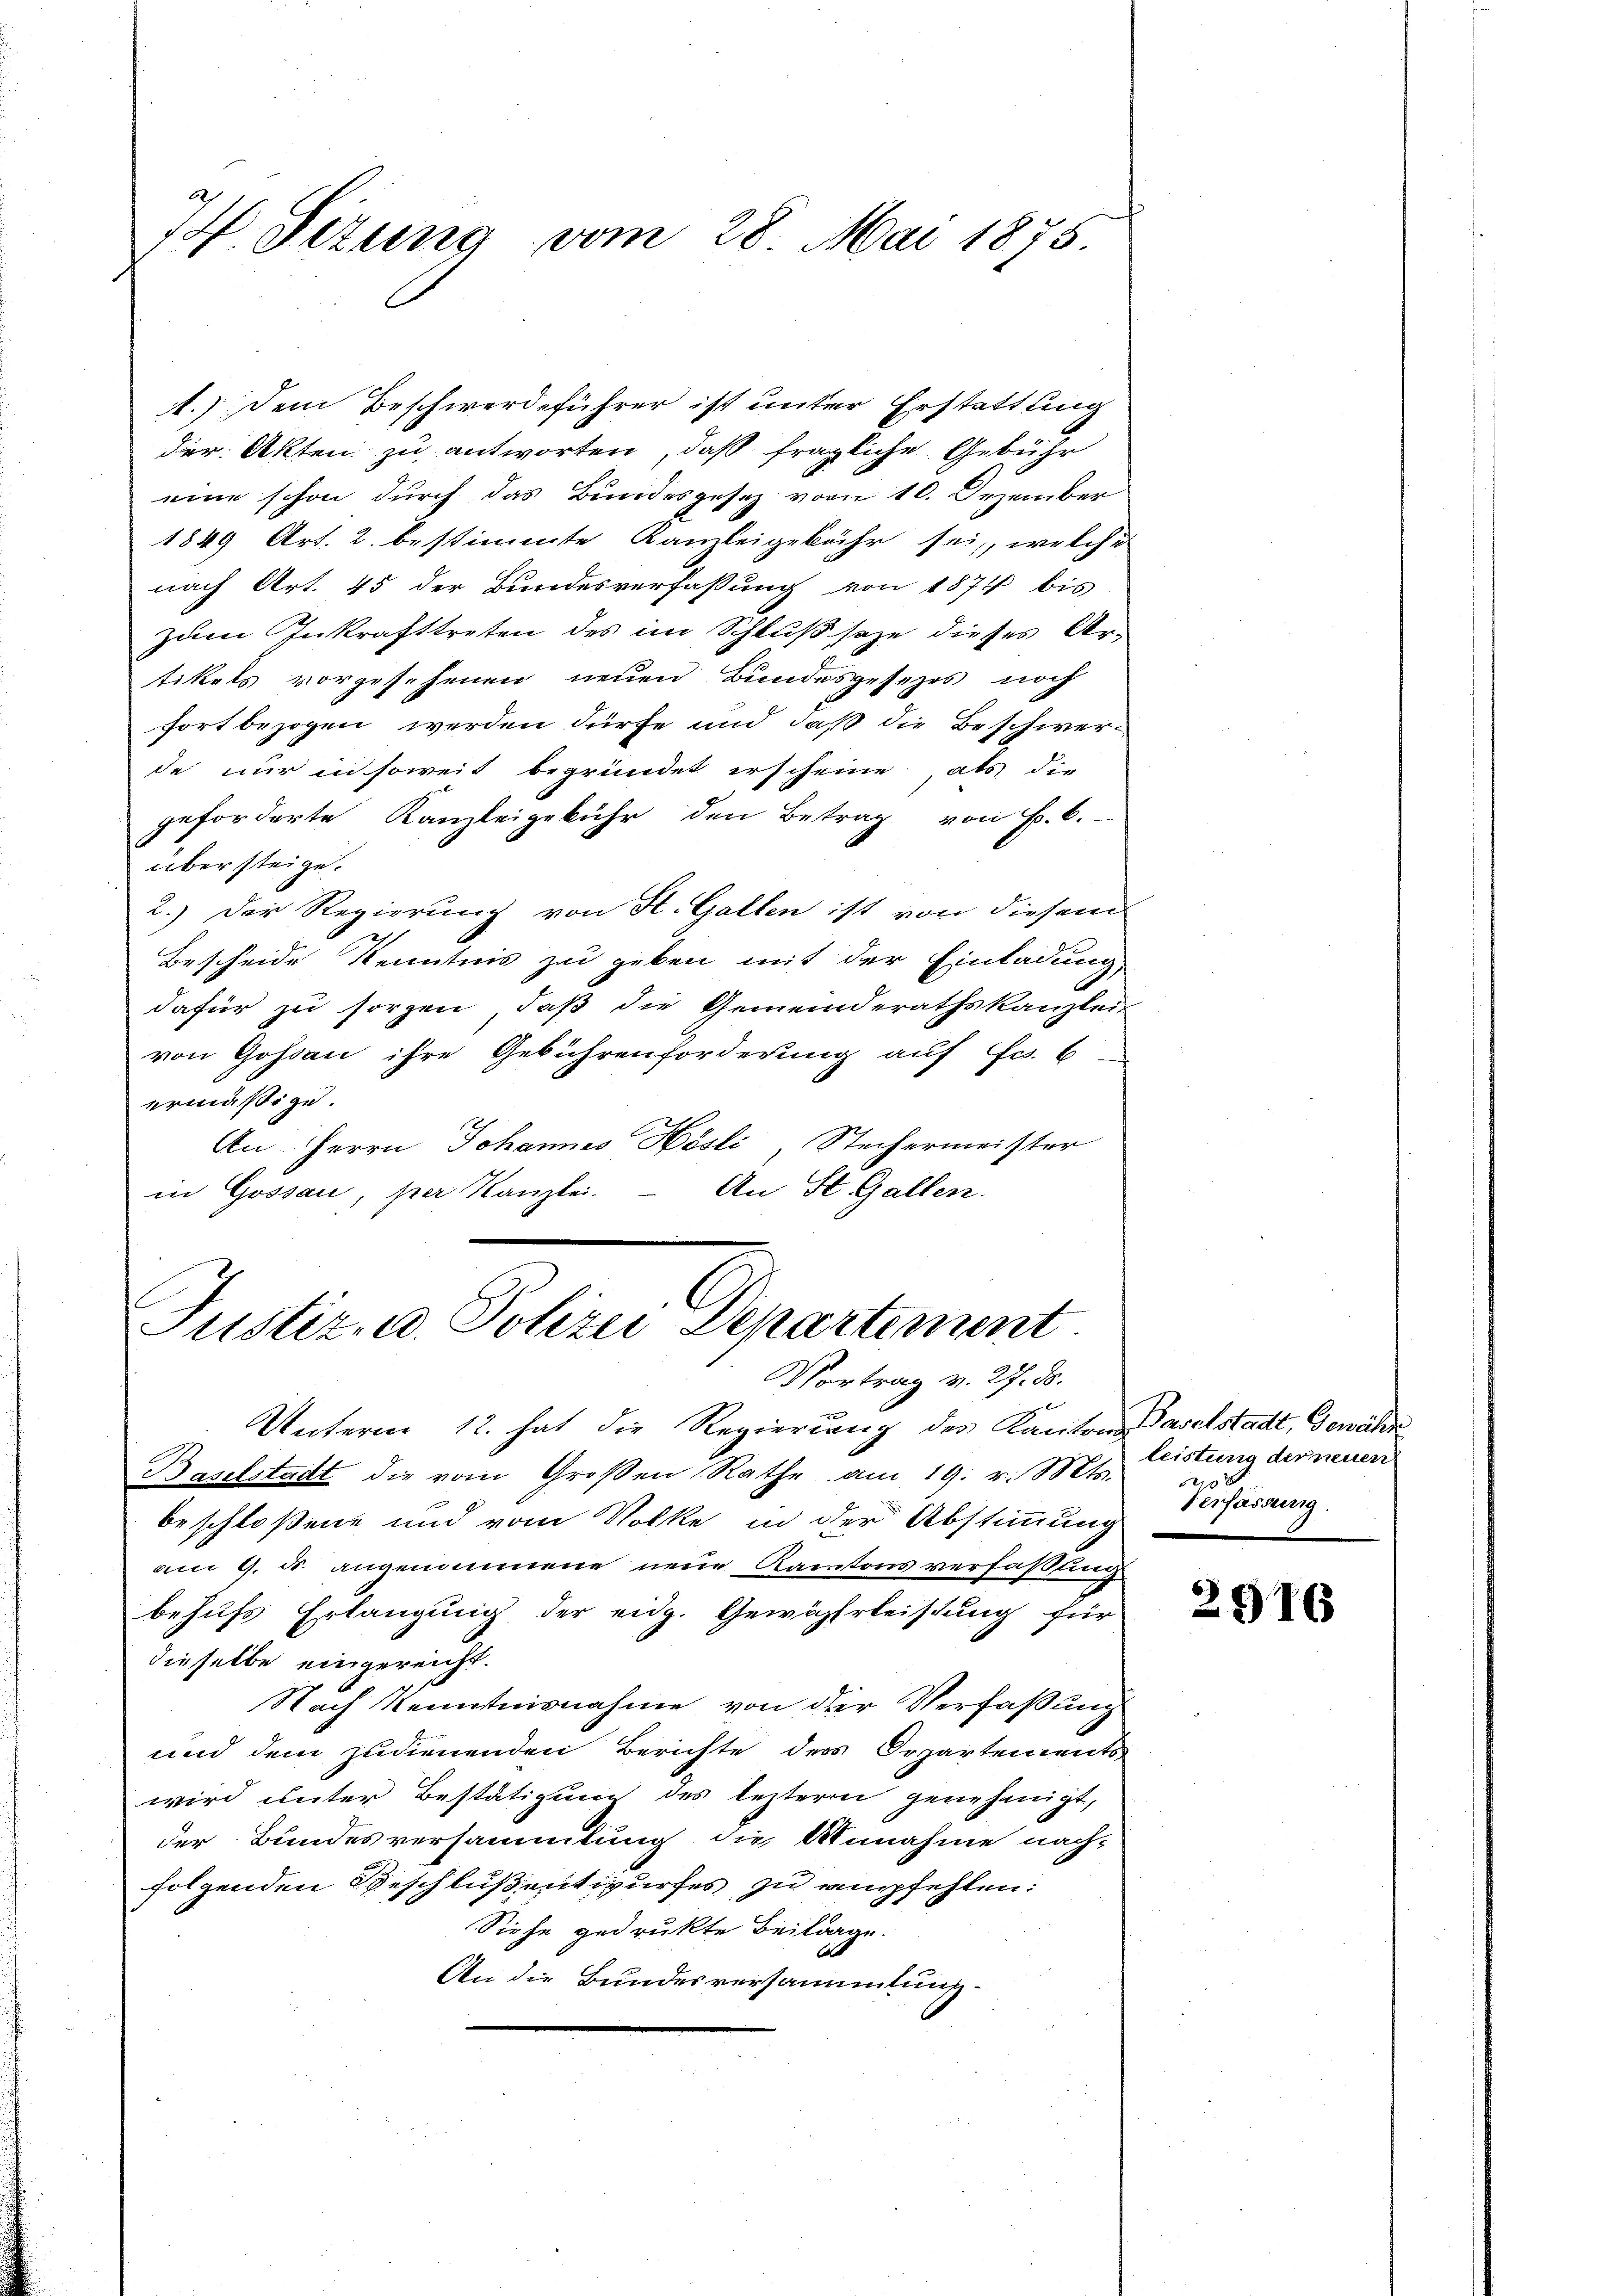
2
14 Situng vom 28. Mai 1875

1.) Dem Beschwerdeführer ist unter Erstattung
der Akten zu antworten, daß fragliche Gebühr
eine schon durch das Bundesgesez vom 10. Dezember
1849 Art. 2. bestimmte Kanzleigebühr sei, welche
nach Art. 45 der Bundesverfassung von 1874 bis
zum Inkrafttreten des im Schluß sage dieses Artikels vorgesehenen neuen Bundesgesezes noch
fort bezogen werden dürfe und daß die Beschwerde nur in soweit begründet erscheine, als die
geforderte Kanzleigebühr den Betrag von P. C.
über steige.
2.) Der Regierung von St. Gallen ist von diesem
Bescheide Kenntnis zu geben mit der Einladung
dafür zu sorgen, daß die Gemeinderathskanzleis
von Gossau ihre Gebührenforderung auf Fr. b
ermäßige.
An. Herrn Johannes Hösli, Stechermeister
An St. Gallen.
in Gossau, per Kanzlei-

Justiz u. Polize Departement.
Vortrag v. 27. ds.

Unterm 12. hat die Regierung des Kantons Baselstadt, Gewähren
Baselstadt die vom Großen Rathe am 19. v. Mts.
beschloßene und vom Volke in der Abstimmung
am 9. Fr. angenommene neue Kantons verfaßung
behufs Erlangung der eidg. Gewährleistung für
dieselbe eingereicht.
Nach Kenntnisnahme von der Verfaßung
und dem zudienenden Berichte des Departements
wird unter Bestätigung des leztern genehmigt,
der Bundesversammlung die Annahme nach-
folgenden Beschluß entwurfes zu empfehlen:
Siehe gedruckte Beitrage.
An die Bundesversammlung.

leistung der neuen
 20 x
Verfassung.

2916